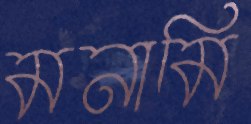
মনামি